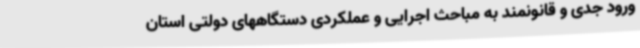
ورود جدی و قانونمند به مباحث اجرایی و عملکردی دستگاههای دولتی استان